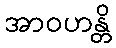
အာဝဟန္တိ